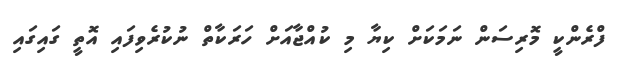
ފްރެންކީ މޮރިސަން ނަމަކަށް ކިޔާ މި ކުއްޖާއަށް ހަރަކާތް ނުކުރެވިފައި އޮތީ ގައިގައި